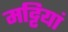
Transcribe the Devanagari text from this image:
मट्टियां